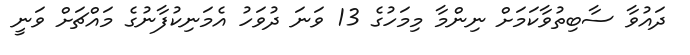
ދައުވާ ސާބިތުވާކަމަށް ނިންމާ މިމަހުގެ 13 ވަނަ ދުވަހު އެމަނިކުފާނުގެ މައްޗަށް ވަނީ